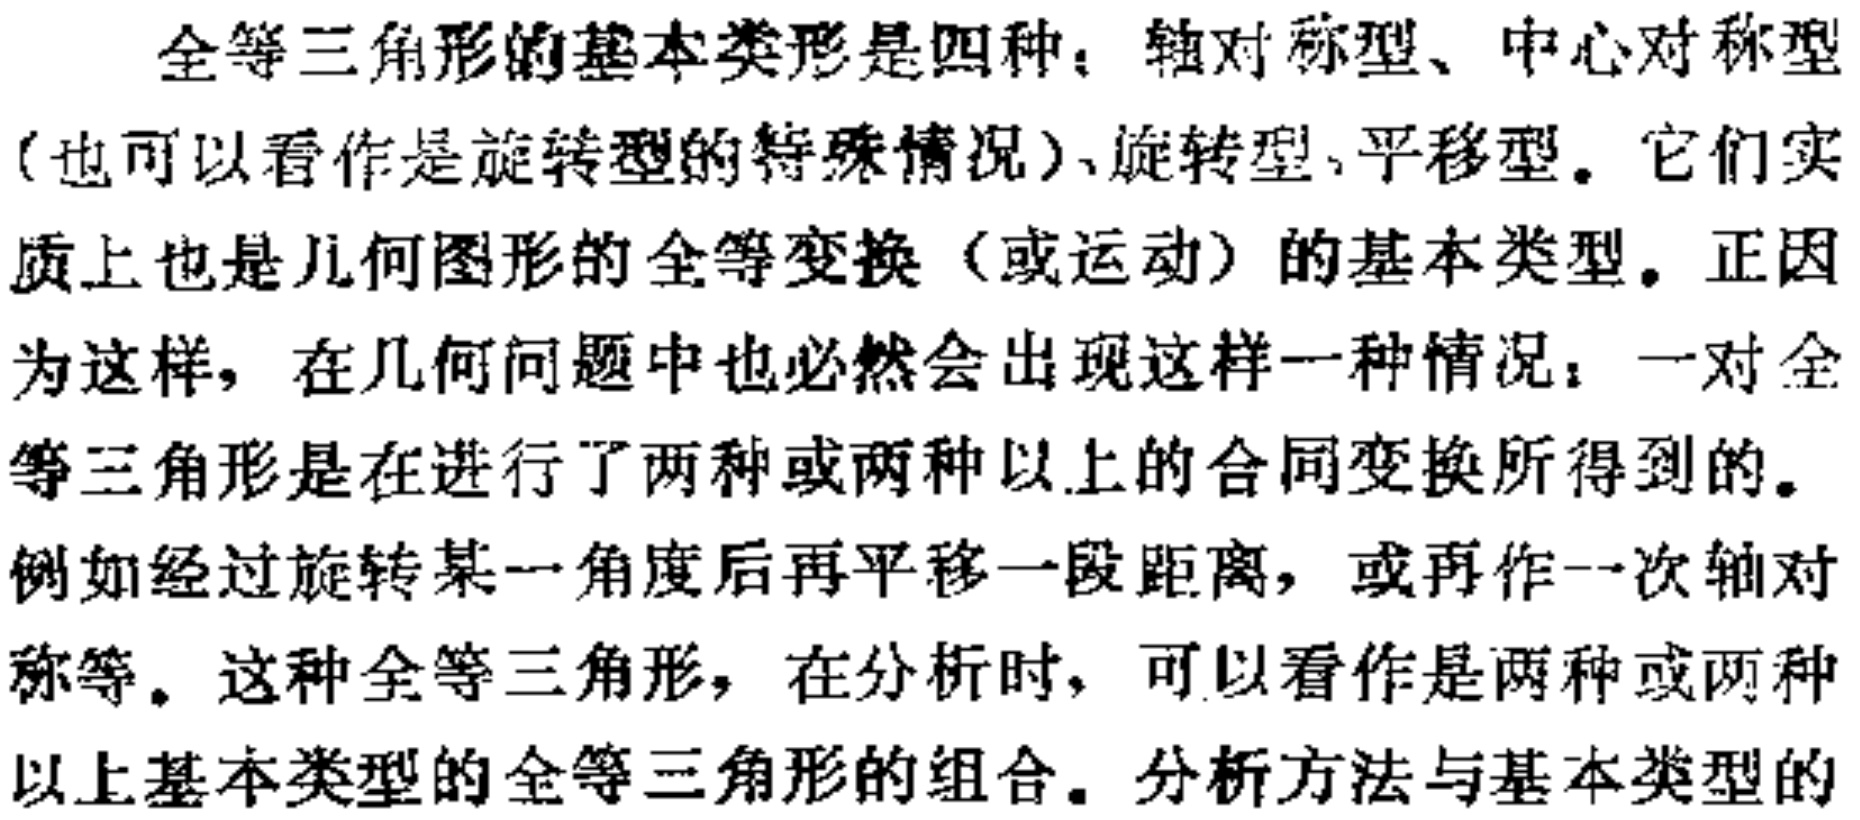
全等三角形的基本类形是四种：轴对称型、中心对称型（也可以看作是旋转型的特殊情况）、旋转型、平移型。它们实质上也是几何图形的全等变换（或运动）的基本类型。正因为这样，在几何问题中也必然会出现这样一种情况：一对全等三角形是在进行了两种或两种以上的合同变换所得到的。例如经过旋转某一角度后再平移一段距离，或再作一次轴对称等。这种全等三角形，在分析时，可以看作是两种或两种以上基本类型的全等三角形的组合。分析方法与基本类型的